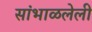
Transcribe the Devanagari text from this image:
सांभाळलेली